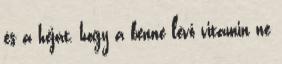
és a héját, hogy a benne lévő vitamin ne